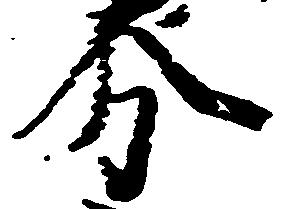
分